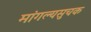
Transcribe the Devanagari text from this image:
मांगल्यसुचक